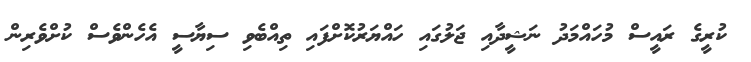
ކުރީގެ ރައީސް މުހައްމަދު ނަޝީދާއި ޖަލުގައި ހައްޔަރުކޮށްފައި ތިއްބެވި ސިޔާސީ އެހެންވެސް ކުށްވެރިން